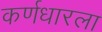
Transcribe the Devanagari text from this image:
कर्णधारला